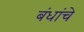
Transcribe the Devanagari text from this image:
बंधांचे